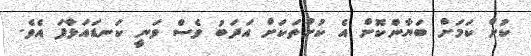
ކުށް ކަމަށް ބަޔާންކޮށް އެ ކުށްތަކަށް އަދަބު ވެސް ވަނީ ކަނޑައަޅާފަ އެވެ.